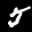
Label: 5